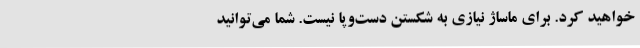
خواهید کرد. برای ماساژ نیازی به شکستن دست‌وپا نیست. شما می‌توانید